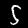
Label: 5